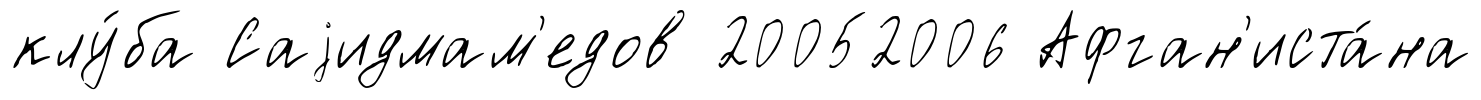
клу́ба Саjидмам'едов 20052006 Афган'иста́на